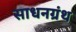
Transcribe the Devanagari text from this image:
साधनग्रंथ